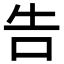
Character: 告